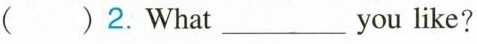
( )2.What___you like?